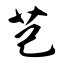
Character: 芑